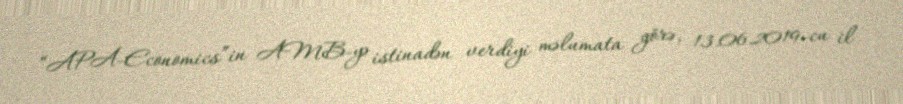
“APA-Economics”in AMB-yə istinadən verdiyi məlumata görə, 13.06.2019-cu il